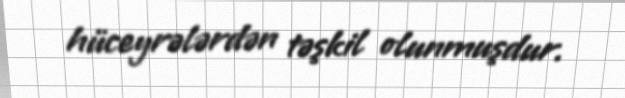
hüceyrələrdən təşkil olunmuşdur.